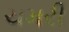
ચમરી